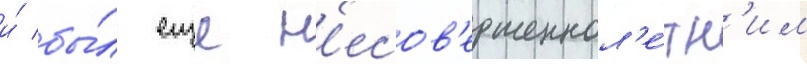
и́ бы́л еще н'есов'ершеннол'е́тн'им